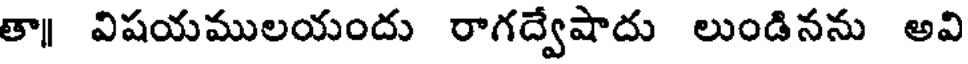
తా విషయములయందు రాగద్వేషాదు లుండినను అవి